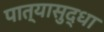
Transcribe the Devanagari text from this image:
पात्यासुद्धा